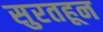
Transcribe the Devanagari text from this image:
सुरतहून